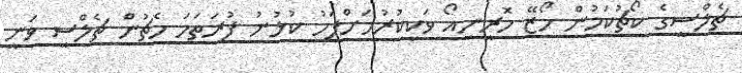
ޗެލްސީގެ ކޯޗުކަމުން ހޯޒޭ މޮރީނިއޯ ވަކިކުރުމަށްފަހު ކުޅުނު ފުރަތަމަ މެޗުން ޗެލްސީ ވަނީ